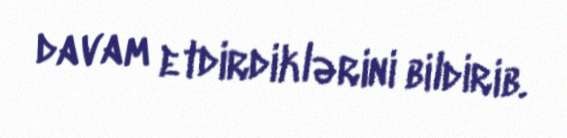
davam etdirdiklərini bildirib.